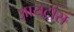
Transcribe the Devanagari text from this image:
आयट्रांस